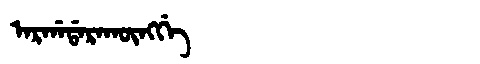
Manchu: ᠠᡵᡤᠠᡩᠠᡵᠠᡴᡡᠩᡤᡝ
Romanization: ARGADARAKŪNGGE